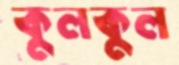
কুলকুল